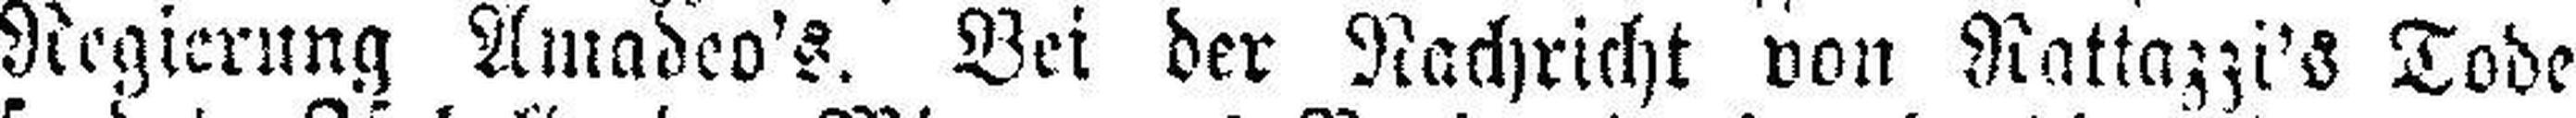
Regierung Amadeo's. Bei der Nachricht von Rattazzi's Tode